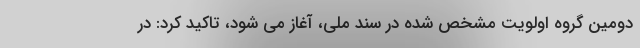
دومین گروه اولویت مشخص شده در سند ملی، آغاز می شود، تاکید کرد: در